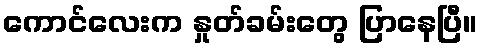
ကောင်လေးက နှုတ်ခမ်းတွေ ပြာနေပြီ။